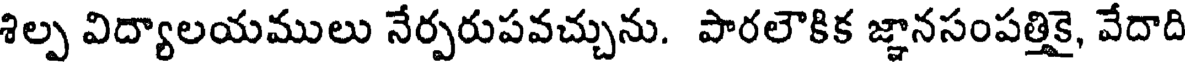
శిల్ప విద్యాలయములు నేర్పరుపవచ్చును. పారలౌకిక జ్ఞానసంపత్తికై, వేదాది